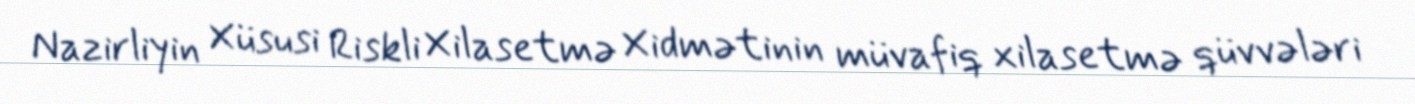
Nazirliyin Xüsusi Riskli Xilasetmə Xidmətinin müvafiq xilasetmə qüvvələri